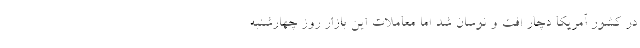
در کشور آمریکا دچار افت و نوسان شد اما معاملات این بازار روز چهارشنبه